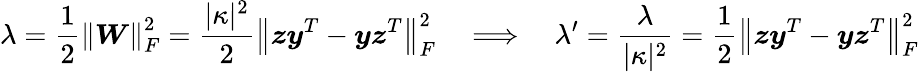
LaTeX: \lambda=\frac{1}{2}\left\| \boldsymbol{W}\right\| _{F}^{2}=\frac{|\kappa|^{2}}{2}\left\| \boldsymbol{z}\boldsymbol{y}^{T}-\boldsymbol{y}\boldsymbol{z}^{T}\right\| _{F}^{2}\quad\Longrightarrow\quad\lambda^{\prime}=\frac{\lambda}{|\kappa|^{2}}=\frac{1}{2}\left\| \boldsymbol{z}\boldsymbol{y}^{T}-\boldsymbol{y}\boldsymbol{z}^{T}\right\| _{F}^{2}